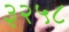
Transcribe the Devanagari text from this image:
३२५८